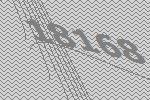
18168